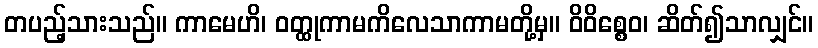
တပည့်သားသည်။ ကာမေဟိ၊ ဝတ္ထုကာမကိလေသာကာမတို့မှ။ ဝိဝိစ္စေဝ၊ ဆိတ်၍သာလျှင်။